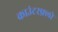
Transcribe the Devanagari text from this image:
काउंटरफ़्लो